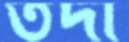
তদা